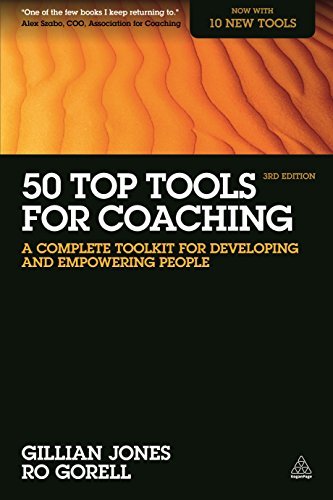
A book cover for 50 Top Tools for Coaching: A Complete Toolkit for Developing and Empowering People; Gillian Jones; Business & Money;